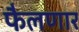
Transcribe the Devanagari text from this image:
फैलणार